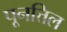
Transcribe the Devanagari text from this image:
पूनत्तिल